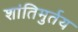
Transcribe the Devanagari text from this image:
शांतिमुर्तय